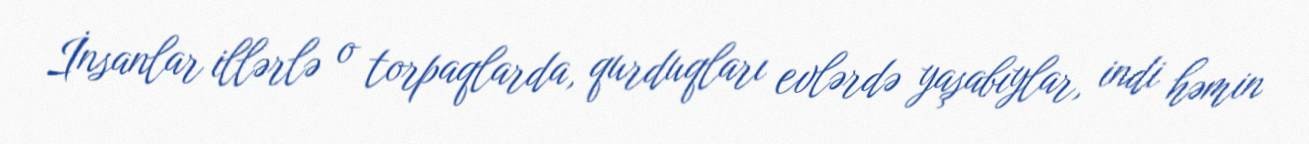
İnsanlar illərlə o torpaqlarda, qurduqları evlərdə yaşabıylar, indi həmin